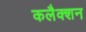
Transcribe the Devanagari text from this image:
कलैक्शन